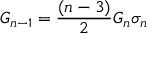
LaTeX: G _ { n - 1 } = \frac { ( n - 3 ) } { 2 } G _ { n } \sigma _ { n }